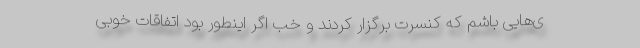
ی‌هایی باشم که کنسرت برگزار کردند و خب اگر اینطور بود اتفاقات خوبی